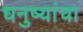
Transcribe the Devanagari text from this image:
धनुष्यांचा